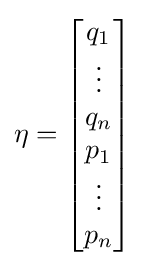
{\textstyle \mathbf {\eta } ={\begin{bmatrix}q_{1}\\\vdots \\q_{n}\\p_{1}\\\vdots \\p_{n}\\\end{bmatrix}}}